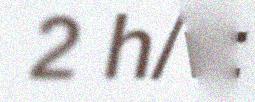
2 h/v: